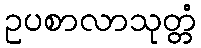
ဥပစာလာသုတ္တံ